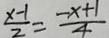
\frac { x - 1 } { 2 } = \frac { - x + 1 } { 4 }